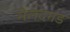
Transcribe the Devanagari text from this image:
मैलदगड